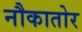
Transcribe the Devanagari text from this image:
नौकातोर